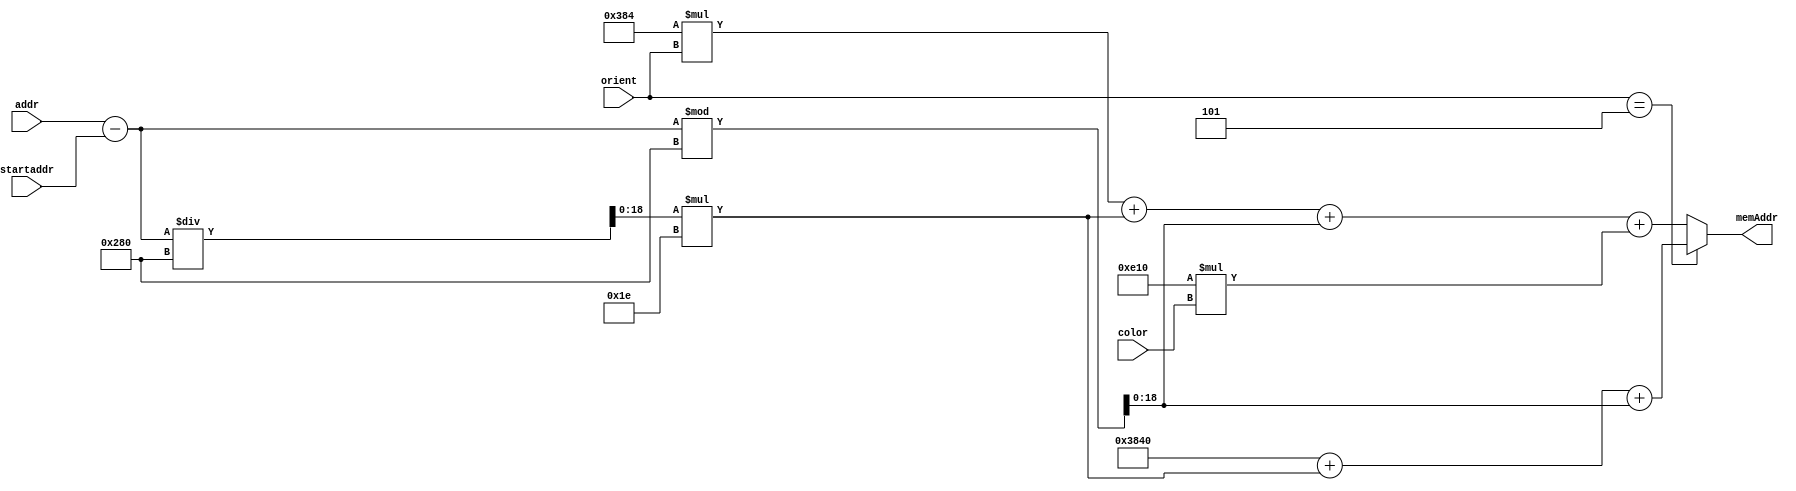
module convertAddr(startaddr,orient, addr, color, memAddr);	
	input[18:0] addr,startaddr;
	input[2:0] orient;	
	input [2:0] color;
	output[18:0] memAddr;

	wire[18:0] subres, dividend, remainder, orientSX, memAddrBike, memAddrCrash;
	assign orientSX[2:0] = orient;
	assign orientSX[18:3] = 1'b0;
	assign subres = addr - startaddr;
	assign dividend = subres / 640;
	assign remainder = subres%640;
	assign memAddrBike = 900*orientSX + dividend*30 + remainder + 3600*color;
	
	assign memAddrCrash = 19'd14400 + dividend*30 + remainder;
	assign memAddr = orient==32'd5 ? memAddrCrash:memAddrBike;


endmodule